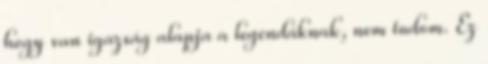
hogy van igazság alapja a legendáknak, nem tudom. Ez